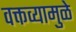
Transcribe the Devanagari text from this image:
वक्तव्यामुळे